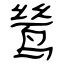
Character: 鸶